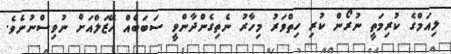
ލިއަމްގެ ކުރިމަތީ ނުރޯން ކުރި ހިތްވަރު މިހާރު ނެތިގެންދާންވީ ސަބަބެއް ހޭޒަލްއަށް ނުވިސްނުނެވެ.